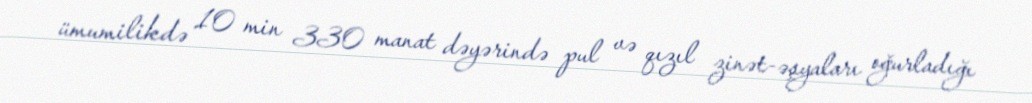
ümumilikdə 10 min 330 manat dəyərində pul və qızıl zinət-əşyaları oğurladığı